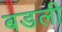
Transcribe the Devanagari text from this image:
बडली